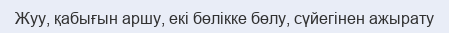
Жуу, қабығын аршу, екі бөлікке бөлу, сүйегінен ажырату